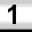
Digit: 1